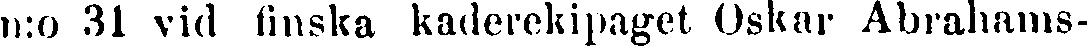
n:o 31 vid finska kaderekipaget Oskar Abrahams-